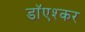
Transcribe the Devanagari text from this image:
डाॅएश्कर